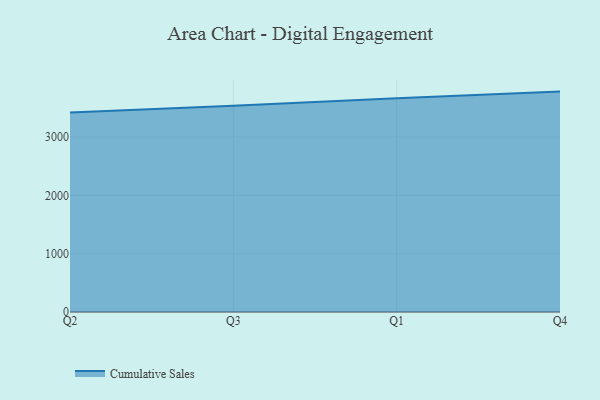
{"axis": {"x": "Quarter", "y": "Headcount"}, "legend": ["Cumulative Sales"], "data": [{"x": "Q2", "y": 3421.2, "type": "Cumulative Sales"}, {"x": "Q3", "y": 3535.9, "type": "Cumulative Sales"}, {"x": "Q1", "y": 3664.1, "type": "Cumulative Sales"}, {"x": "Q4", "y": 3778.1, "type": "Cumulative Sales"}]}